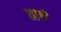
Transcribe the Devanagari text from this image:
ताचे